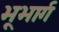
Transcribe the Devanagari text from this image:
भूभार्ग